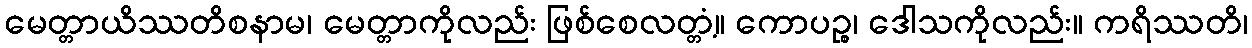
မေတ္တာယိဿတိစနာမ၊ မေတ္တာကိုလည်း ဖြစ်စေလတ္တံ့။ ကောပဉ္စ၊ ဒေါသကိုလည်း။ ကရိဿတိ၊